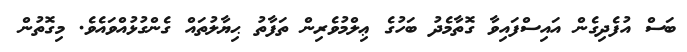
ބަސް އުފެދިގެން އައިސްފައިވާ ގޮތާމެދު ބަހުގެ ޢިލްމުވެރިން ތަފާތު ޙިޔާލުތައް ގެންގުޅުއްވައެވެ. މިގޮތުން